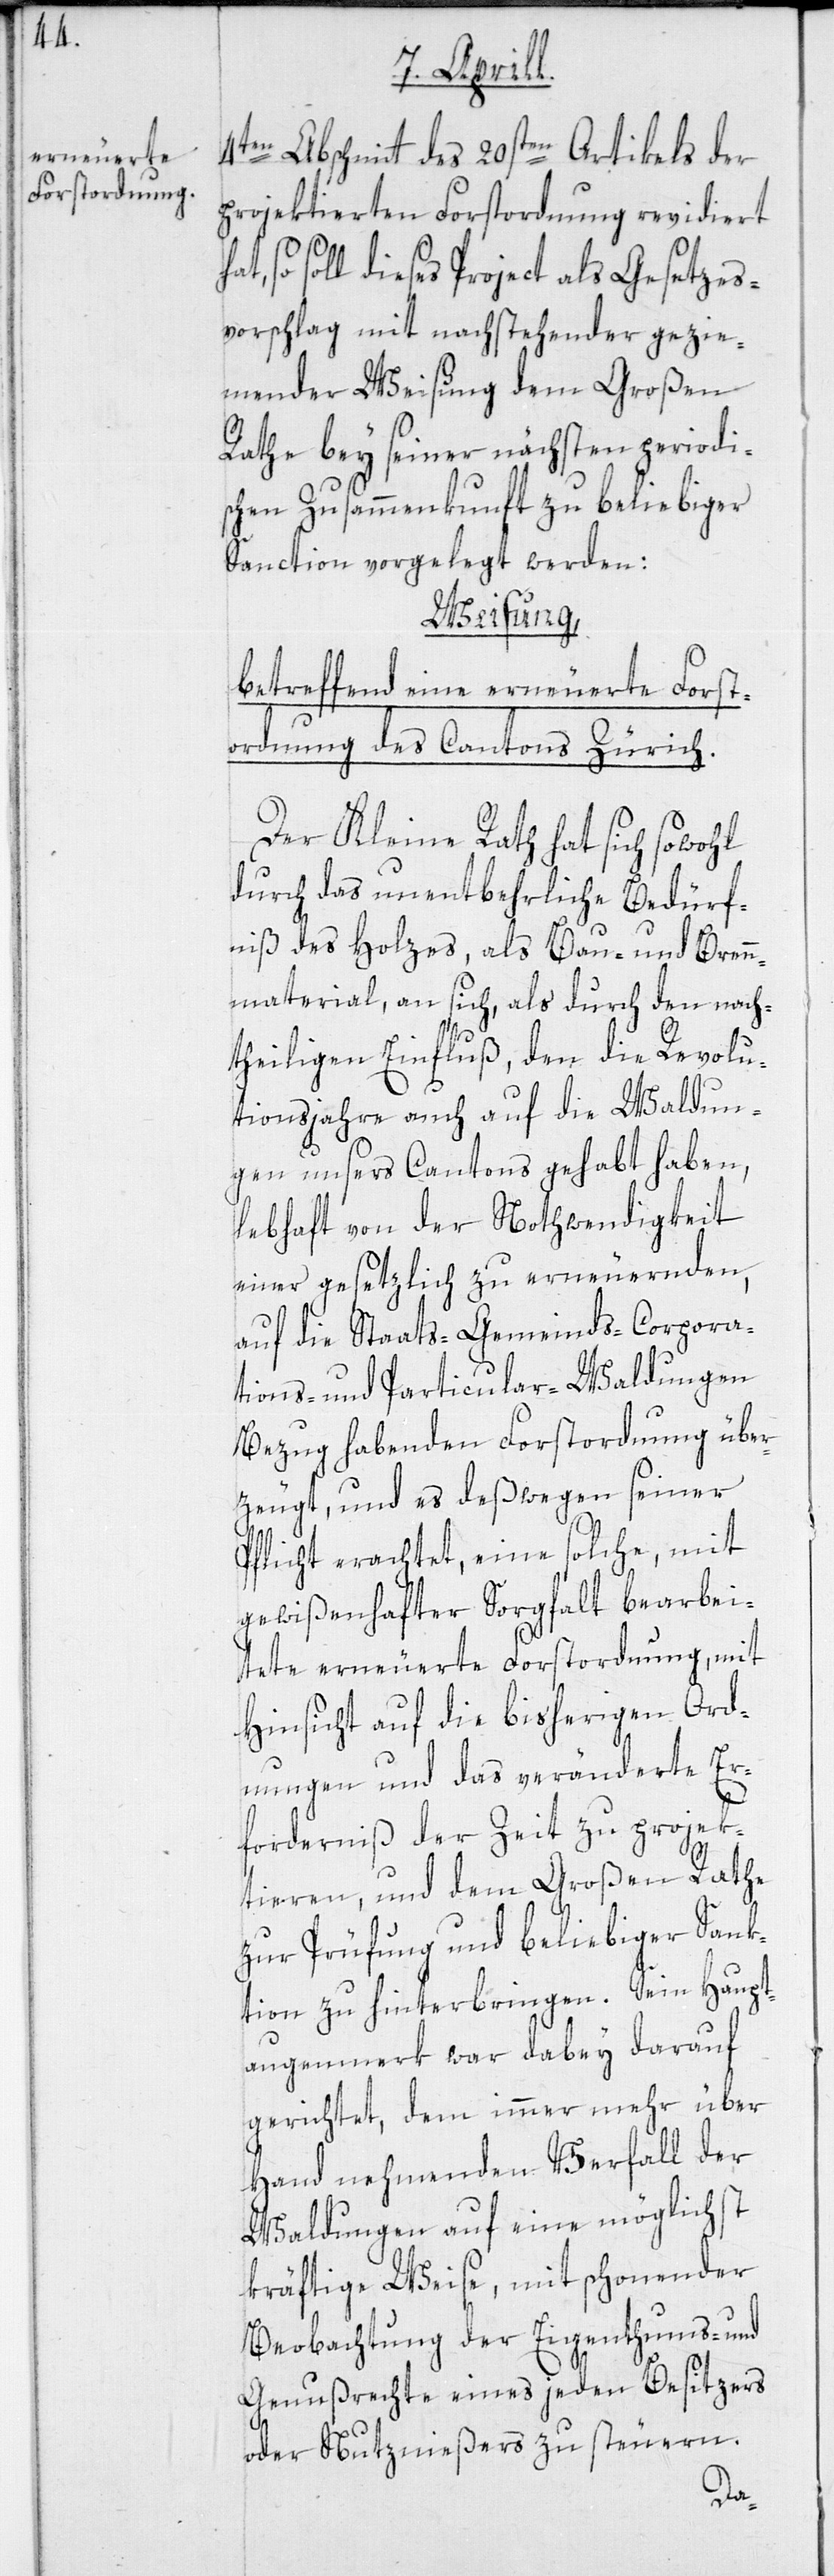
4ten Abschnitt des 20sten Artikels der
projektierten Forstordnung revidiert
so soll dieses Project als Gesetzes¬
vorschlag mit nachstehender gezie¬
mender Weisung dem Großen
Rathe bey seiner nächsten periodi¬
schen Zusammenkunft zu beliebiger
Sanction vorgelegt werden:
Weisung,
betreffend eine erneuerte Forst¬
ordnung des Cantons Zürich.
Der Kleine Rath hat sich sowohl
durch das unentbehrliche Bedürf¬
niß des Holzes, als Bau- und Brenn¬
material, an sich, als durch den nach¬
theiligen Einfluß, den die Revolu¬
tionsjahre auch auf die Waldun¬
gen unsers Cantons gehabt haben,
lebhaft von der Nothwendigkeit
einer gesetzlich zu erneuernden,
auf die Staats-[,] Gemeinds-[,] Corpora¬
tions- und Particular-Waldungen
Bezug habenden Forstordnung über¬
zeugt, und es deßwegen seiner
Pflicht erachtet, eine solche, mit
gewißenhafter Sorgfalt bearbei¬
tete erneuerte Forstordnung, mit
Hinsicht auf die bisherigen Ord¬
nungen und das veränderte Er¬
forderniß der Zeit zu projek¬
tieren, und dem Großen Rathe
zur Prüfung und beliebiger Sank¬
tion zu hinterbringen. Sein Haupt¬
augenmerk war dabey darauf
gerichtet, dem immer mehr über
Hand nehmenden Verfall der
Waldungen auf eine möglichst
kräftige Weise, mit schonender
Beobachtung der Eigenthums- und
Genußrechte eines jeden Besitzers
oder Nutznießers zu steuern.